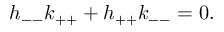
h _ { -- } k _ { + + } + h _ { + + } k _ { -- } = 0 .